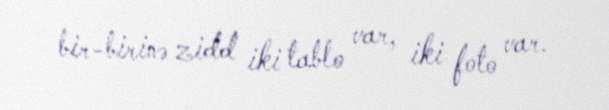
bir-birinə zidd iki tablo var, iki foto var.